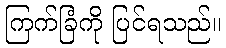
ကြက်ခြံကို ပြင်ရသည်။